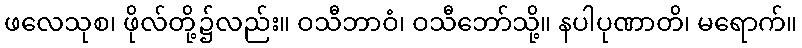
ဖလေသုစ၊ ဖိုလ်တို့၌လည်း။ ဝသီဘာဝံ၊ ဝသီဘော်သို့။ နပါပုဏာတိ၊ မရောက်။